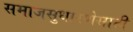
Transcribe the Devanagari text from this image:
समाजसुधारणेसाठी